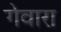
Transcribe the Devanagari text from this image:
गेवारा